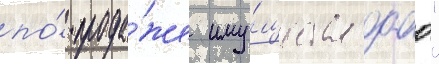
по́ прода́же иму́щества оао"